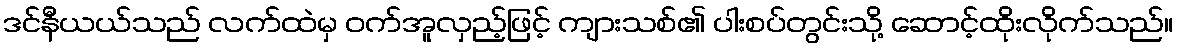
ဒင်နီယယ်သည် လက်ထဲမှ ဝက်အူလှည့်ဖြင့် ကျားသစ်၏ ပါးစပ်တွင်းသို့ ဆောင့်ထိုးလိုက်သည်။